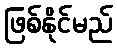
ဖြစ်နိုင်မည်